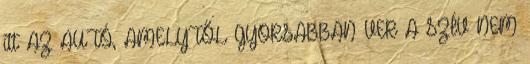
itt AZ AUTÓ, AMELYTŐL GYORSABBAN VER A SZÍV NEM